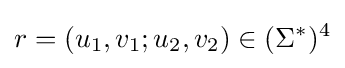
r=(u_{1},v_{1};u_{2},v_{2})\in (\Sigma ^{*})^{4}